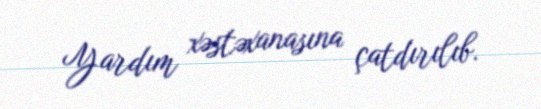
Yardım xəstəxanasına çatdırılıb.